Civil Veterinary Department Bihar & Orissa reports 1929-36 - 1929-1936
Year: 1929
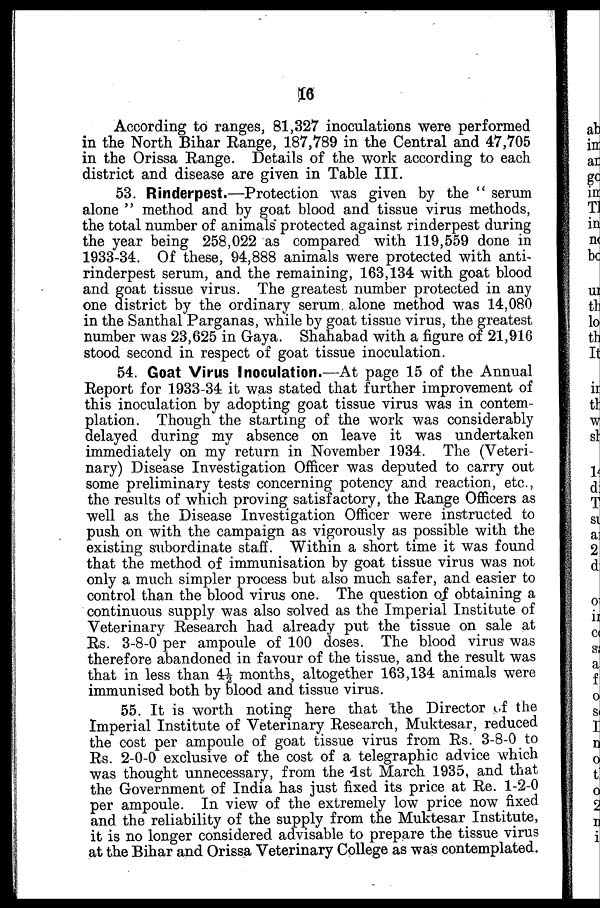
16
According to ranges, 81,327 inoculations were performed
in the North Bihar Range, 187,789 in the Central and 47,705
in the Orissa Range. Details of the work according to each
district and disease are given in Table III.
53. Rinderpest.—Protection was given by the " serum
alone " method and by goat blood and tissue virus methods,
the total number of animals protected against rinderpest during
the year being 258,022 as compared with 119,559 done in
1933-34. Of these, 94,888 animals were protected with anti-
rinderpest serum, and the remaining, 163,134 with goat blood
and goat tissue virus. The greatest number protected in any
one district by the ordinary serum alone method was 14,080
in the Santhal Parganas, while by goat tissue virus, the greatest
number was 23,625 in Gaya. Shahabad with a figure of 21,916
stood second in respect of goat tissue inoculation.
54. Goat Virus Inoculation.—At page 15 of the Annual
Report for 1933-34 it was stated that further improvement of
this inoculation by adopting goat tissue virus was in contem-
plation. Though the starting of the work was considerably
delayed during my absence on leave it was undertaken
immediately on my return in November 1934. The (Veteri-
nary) Disease Investigation Officer was deputed to carry out
some preliminary tests concerning potency and reaction, etc.,
the results of which proving satisfactory, the Range Officers as
well as the Disease Investigation Officer were instructed to
push on with the campaign as vigorously as possible with the
existing subordinate staff. Within a short time it was found
that the method of immunisation by goat tissue virus was not
only a much simpler process but also much safer, and easier to
control than the blood virus one. The question of obtaining a
continuous supply was also solved as the Imperial Institute of
Veterinary Research had already put the tissue on sale at
Rs. 3-8-0 per ampoule of 100 doses. The blood virus was
therefore abandoned in favour of the tissue, and the result was
that in less than 4½ months, altogether 163,134 animals were
immunised both by blood and tissue virus.
55. It is worth noting here that the Director of the
Imperial Institute of Veterinary Research, Muktesar, reduced
the cost per ampoule of goat tissue virus from Rs. 3-8-0 to
Rs. 2-0-0 exclusive of the cost of a telegraphic advice which
was thought unnecessary, from the 1st March 1935, and that
the Government of India has just fixed its price at Re. 1-2-0
per ampoule. In view of the extremely low price now fixed
and the reliability of the supply from the Muktesar Institute,
it is no longer considered advisable to prepare the tissue virus
at the Bihar and Orissa Veterinary College as was contemplated.